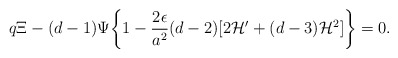
\begin{align*}q \Xi - ( d- 1) \Psi \biggl\{ 1 - \frac{2 \epsilon}{a^2} ( d-2) [2 {\cal H}' + (d-3) {\cal H}^2 ]\biggr\} =0.\end{align*}